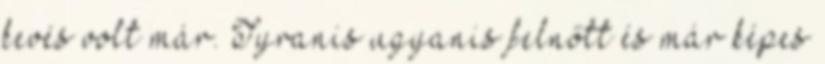
kevés volt már. Tyranis ugyanis felnőtt és már képes